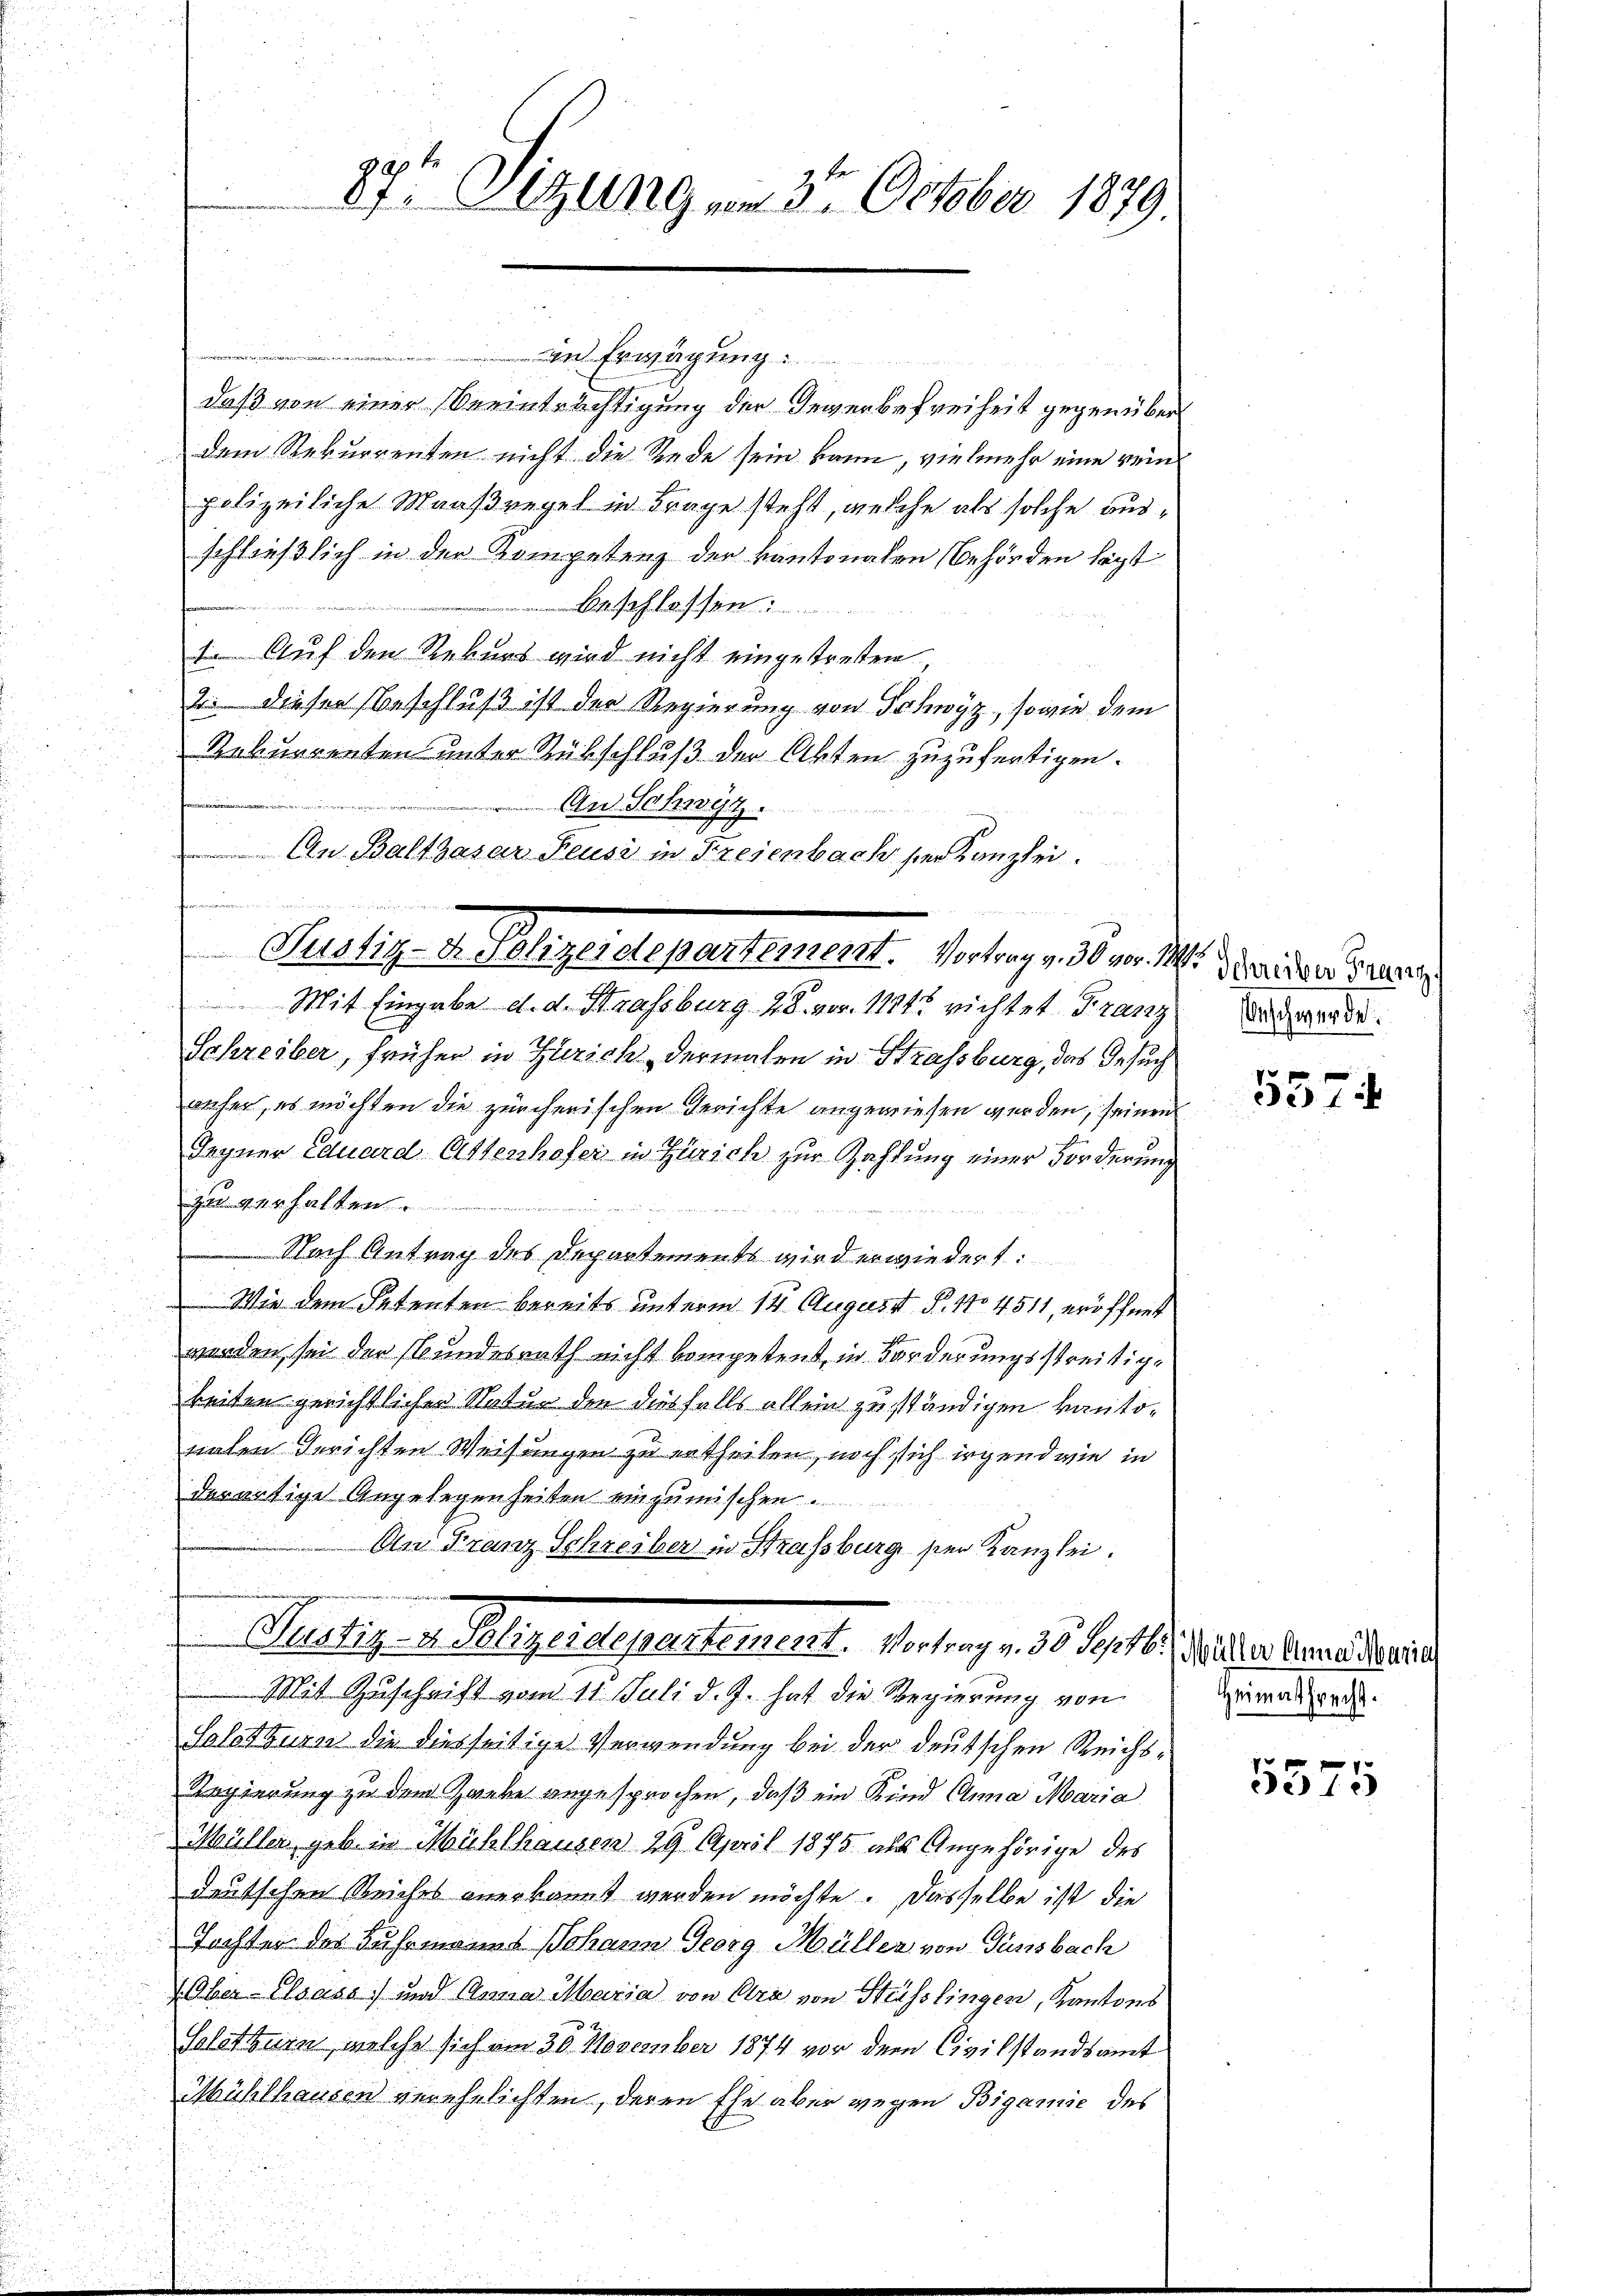
87t Sitzung vom 27. October 1879.

Erwägung
daß von einer Beeinträchtigung der Gewerbefreiheit gegenüber
dem Rekurrenten nicht die Rede sein kann, vielmehr eine rein
polizeiliche Maaßregel in Frage steht, welche als solche ausschließlich in der Kompetenz der kantonalen Behörden legt
Beschlassen
 Auf den Rekurs wird nicht eingetreten
2. diesen Beschluß ist der Regierung von Schwyz, sowie dem
Rekurrenten unter Rübschluß der Akten zuzufertigen.
An Schwyz.
An Balthasar Feusi in Freienbach der Kanzlei.

nid der den in de
Justiz - Dr. Peligeretepartement. Vortrag , 30 v. M. Meriders dieser

Mit Eingabe d. d. Strassburg 28. vor 11845 richtet Franz an werde.
Schreiber, frühen in Zürich, dermalen in Strassburg, das Gesuch
auher, es möchten die zürcherischen Gerichte angewiesen werden, seinen
Gegner Eduard Ottenhofer in Zürich zur Zahlung einer Forderung
zu verhalten
Nach Antrag des Departements wird erwiedert:
Wie dem Petenten bereits unterm 14. August P. 17. 4511, eröffnet
werden sei der Bundesrath nicht kompetent, in Forderungsstreitige
keiten gerichtlichen Natur den diesfalls allein zuständigen kantonalen Gerichten Weisungen zu ertheilen, noch sich irgend wie in
derartige Angelegenheiten einzumischen.
An Franz Schreiber in Strassburg sei Kanzlei.
e

Rustiz - v. Pligerdepartement. Vortrag v. 30. Septbr, dieser keiner wird

Mit Zuschrift vom 11. Juli d. J. hat die Regierung von
Salotguranz die diesseitige Verwendung bei der deutschen Reichs¬
Regierung zu dem Zaube angesprochen, daß ein Kind Anna Maria
Müller geb. in Mühlhausen 29. April 1875 als Angehörige des
deutschen Reiches anerkannt werden möchte. Dasselbe ist die
Tochter des Fuhrmanns Johann Georg Müller von Gänsbach
 Ober- Elsass) und Anna Maria von Ara von Strässlingen, Kantons
Solothurn, welche sich am 30. November 1874 vor dem Civilstandsamt
Mühlhausen verehelichten, deren Ehe aber wegen Bigamie des

¬
337

Heimathrecht.

5375